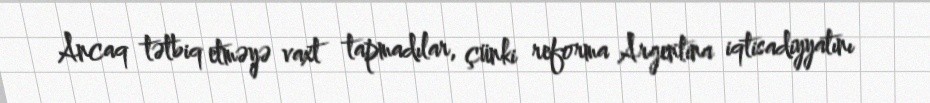
Ancaq tətbiq etməyə vaxt tapmadılar, çünki reforma Argentina iqtisadiyyatını